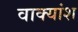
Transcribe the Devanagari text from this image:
वाक्‍यांश